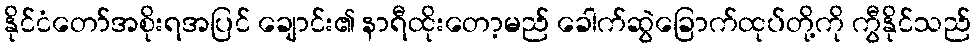
နိုင်ငံတော်အစိုးရအပြင် ချောင်း၏ နာရီထိုးတော့မည် ခေါက်ဆွဲခြောက်ထုပ်တို့ကို ကွီနိုင်သည်